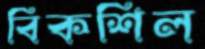
বিকশিল